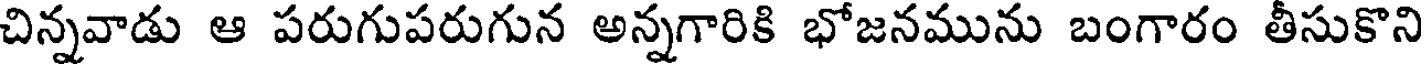
చిన్నవాడు ఆ పరుగుపరుగున అన్నగారికి భోజనమును బంగారం తీసుకొని